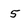
Character: 5